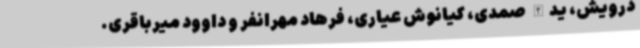
درویش، یدالله صمدی، کیانوش عیاری، فرهاد مهرانفر و داوود میرباقری.